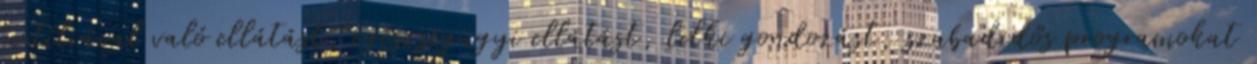
textíliával való ellátást, egészségügyi ellátást, lelki gondozást, szabadidős programokat